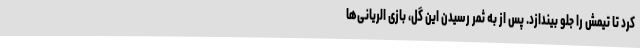
کرد تا تیمش را جلو بیندازد. پس از به ثمر رسیدن این گل، بازی الریانی‌ها